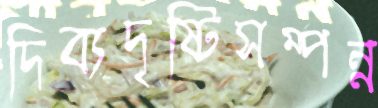
দিব্যদৃষ্টিসম্পন্ন